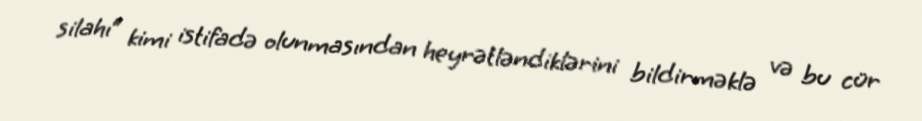
silahı” kimi istifadə olunmasından heyrətləndiklərini bildirməklə və bu cür